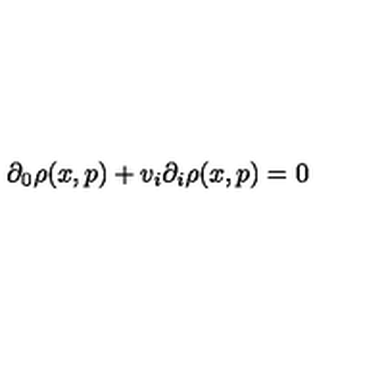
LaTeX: \partial _ { 0 } \rho ( x , p ) + v _ { i } \partial _ { i } \rho ( x , p ) = 0